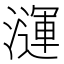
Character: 𪷦